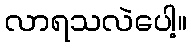
လာရသလဲပေါ့။